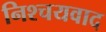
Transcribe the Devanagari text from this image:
निश्चयवाद